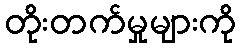
တိုးတက်မှုများကို